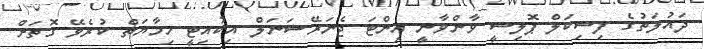
ދައުލަތުގެ ފިސިކަލް ޕޮލިސީ ވާންވާނީ އިންޓަ ޖެނަރޭޝަނަލް އިކުއިޓީ ހިމާޔަތް ކުރެވޭ ގޮތަށް